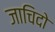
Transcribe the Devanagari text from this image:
जाचिदो